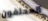
المحلفون